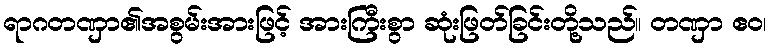
ရာဂတဏှာ၏အစွမ်းအားဖြင့် အားကြီးစွာ ဆုံးဖြတ်ခြင်းတို့သည်။ တဏှာ ဧဝ၊